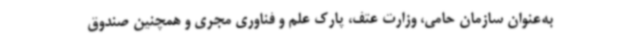
به‌عنوان سازمان حامی، وزارت عتف، پارک علم و فناوری مجری و همچنین صندوق